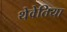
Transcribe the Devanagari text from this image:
थेवेतिया